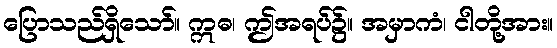
ပြောသည်ရှိသော်။ ဣဓ၊ ဤအရပ်၌။ အမှာကံ၊ ငါတို့အား။